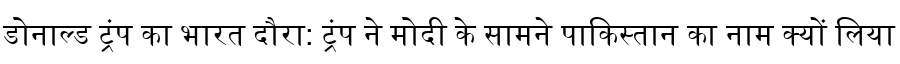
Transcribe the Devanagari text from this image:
डोनाल्ड ट्रंप का भारत दौरा: ट्रंप ने मोदी के सामने पाकिस्तान का नाम क्यों लिया